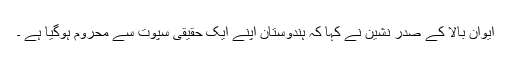
ایوان بالا کے صدر نشین نے کہا کہ ہندوستان اپنے ایک حقیقی سپوت سے محروم ہوگیا ہے ۔